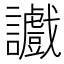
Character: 𫍔